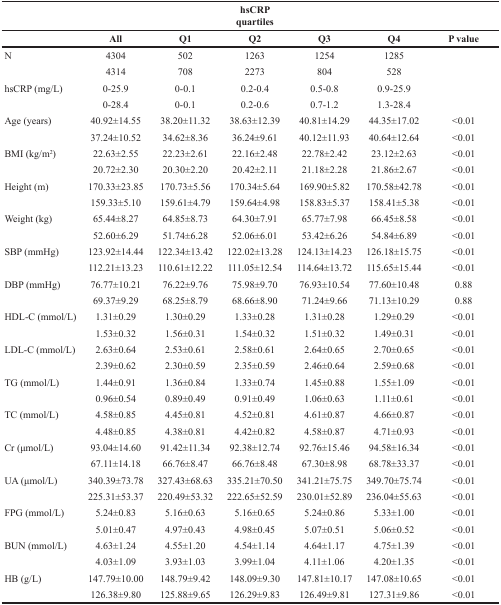
<table><thead><tr><td colspan="7"><b>hsCRP quartiles</b></td></tr><tr><td></td><td><b>All</b></td><td><b>Q1</b></td><td><b>Q2</b></td><td><b>Q3</b></td><td><b>Q4</b></td><td><b>P value</b></td></tr></thead><tbody><tr><td>N</td><td>4304</td><td>502</td><td>1263</td><td>1254</td><td>1285</td><td></td></tr><tr><td></td><td>4314</td><td>708</td><td>2273</td><td>804</td><td>528</td><td></td></tr><tr><td>hsCRP (mg/L)</td><td>0-25.9</td><td>0-0.1</td><td>0.2-0.4</td><td>0.5-0.8</td><td>0.9-25.9</td><td></td></tr><tr><td></td><td>0-28.4</td><td>0-0.1</td><td>0.2-0.6</td><td>0.7-1.2</td><td>1.3-28.4</td><td></td></tr><tr><td>Age (years)</td><td>40.92±14.55</td><td>38.20±11.32</td><td>38.63±12.39</td><td>40.81±14.29</td><td>44.35±17.02</td><td>&lt;0.01</td></tr><tr><td></td><td>37.24±10.52</td><td>34.62±8.36</td><td>36.24±9.61</td><td>40.12±11.93</td><td>40.64±12.64</td><td>&lt;0.01</td></tr><tr><td>BMI (kg/m<sup>2</sup></td><td>22.63±2.55</td><td>22.23±2.61</td><td>22.16±2.48</td><td>22.78±2.42</td><td>23.12±2.63</td><td>&lt;0.01</td></tr><tr><td></td><td>20.72±2.30</td><td>20.30±2.20</td><td>20.42±2.11</td><td>21.18±2.28</td><td>21.86±2.67</td><td>&lt;0.01</td></tr><tr><td>Height (m)</td><td>170.33±23.85</td><td>170.73±5.56</td><td>170.34±5.64</td><td>169.90±5.82</td><td>170.58±42.78</td><td>&lt;0.01</td></tr><tr><td></td><td>159.33±5.10</td><td>159.61±4.79</td><td>159.64±4.98</td><td>158.83±5.37</td><td>158.41±5.38</td><td>&lt;0.01</td></tr><tr><td>Weight (kg)</td><td>65.44±8.27</td><td>64.85±8.73</td><td>64.30±7.91</td><td>65.77±7.98</td><td>66.45±8.58</td><td>&lt;0.01</td></tr><tr><td></td><td>52.60±6.29</td><td>51.74±6.28</td><td>52.06±6.01</td><td>53.42±6.26</td><td>54.84±6.89</td><td>&lt;0.01</td></tr><tr><td>SBP (mmHg)</td><td>123.92±14.44</td><td>122.34±13.42</td><td>122.02±13.28</td><td>124.13±14.23</td><td>126.18±15.75</td><td>&lt;0.01</td></tr><tr><td></td><td>112.21±13.23</td><td>110.61±12.22</td><td>111.05±12.54</td><td>114.64±13.72</td><td>115.65±15.44</td><td>&lt;0.01</td></tr><tr><td>DBP (mmHg)</td><td>76.77±10.21</td><td>76.22±9.76</td><td>75.98±9.70</td><td>76.93±10.54</td><td>77.60±10.48</td><td>0.88</td></tr><tr><td></td><td>69.37±9.29</td><td>68.25±8.79</td><td>68.66±8.90</td><td>71.24±9.66</td><td>71.13±10.29</td><td>0.88</td></tr><tr><td>HDL-C (mmol/L)</td><td>1.31±0.29</td><td>1.30±0.29</td><td>1.33±0.28</td><td>1.31±0.28</td><td>1.29±0.29</td><td>&lt;0.01</td></tr><tr><td></td><td>1.53±0.32</td><td>1.56±0.31</td><td>1.54±0.32</td><td>1.51±0.32</td><td>1.49±0.31</td><td>&lt;0.01</td></tr><tr><td>LDL-C (mmol/L)</td><td>2.63±0.64</td><td>2.53±0.61</td><td>2.58±0.61</td><td>2.64±0.65</td><td>2.70±0.65</td><td>&lt;0.01</td></tr><tr><td></td><td>2.39±0.62</td><td>2.30±0.59</td><td>2.35±0.59</td><td>2.46±0.64</td><td>2.59±0.68</td><td>&lt;0.01</td></tr><tr><td>TG (mmol/L)</td><td>1.44±0.91</td><td>1.36±0.84</td><td>1.33±0.74</td><td>1.45±0.88</td><td>1.55±1.09</td><td>&lt;0.01</td></tr><tr><td></td><td>0.96±0.54</td><td>0.89±0.49</td><td>0.91±0.49</td><td>1.06±0.63</td><td>1.11±0.61</td><td>&lt;0.01</td></tr><tr><td>TC (mmol/L)</td><td>4.58±0.85</td><td>4.45±0.81</td><td>4.52±0.81</td><td>4.61±0.87</td><td>4.66±0.87</td><td>&lt;0.01</td></tr><tr><td></td><td>4.48±0.85</td><td>4.38±0.81</td><td>4.42±0.82</td><td>4.58±0.87</td><td>4.71±0.93</td><td>&lt;0.01</td></tr><tr><td>Cr (μmol/L)</td><td>93.04±14.60</td><td>91.42±11.34</td><td>92.38±12.74</td><td>92.76±15.46</td><td>94.58±16.34</td><td>&lt;0.01</td></tr><tr><td></td><td>67.11±14.18</td><td>66.76±8.47</td><td>66.76±8.48</td><td>67.30±8.98</td><td>68.78±33.37</td><td>&lt;0.01</td></tr><tr><td>UA (μmol/L)</td><td>340.39±73.78</td><td>327.43±68.63</td><td>335.21±70.50</td><td>341.21±75.75</td><td>349.70±75.74</td><td>&lt;0.01</td></tr><tr><td></td><td>225.31±53.37</td><td>220.49±53.32</td><td>222.65±52.59</td><td>230.01±52.89</td><td>236.04±55.63</td><td>&lt;0.01</td></tr><tr><td>FPG (mmol/L)</td><td>5.24±0.83</td><td>5.16±0.63</td><td>5.16±0.65</td><td>5.24±0.86</td><td>5.33±1.00</td><td>&lt;0.01</td></tr><tr><td></td><td>5.01±0.47</td><td>4.97±0.43</td><td>4.98±0.45</td><td>5.07±0.51</td><td>5.06±0.52</td><td>&lt;0.01</td></tr><tr><td>BUN (mmol/L)</td><td>4.63±1.24</td><td>4.55±1.20</td><td>4.54±1.14</td><td>4.64±1.17</td><td>4.75±1.39</td><td>&lt;0.01</td></tr><tr><td></td><td>4.03±1.09</td><td>3.93±1.03</td><td>3.99±1.04</td><td>4.11±1.06</td><td>4.20±1.35</td><td>&lt;0.01</td></tr><tr><td>HB (g/L)</td><td>147.79±10.00</td><td>148.79±9.42</td><td>148.09±9.30</td><td>147.81±10.17</td><td>147.08±10.65</td><td>&lt;0.01</td></tr><tr><td></td><td>126.38±9.80</td><td>125.88±9.65</td><td>126.29±9.83</td><td>126.49±9.81</td><td>127.31±9.86</td><td>&lt;0.01</td></tr></tbody></table>